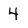
Character: 4